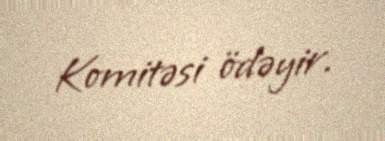
Komitəsi ödəyir.